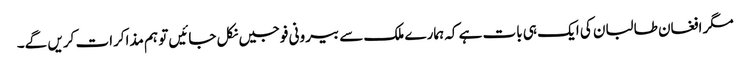
مگر افغان طالبان کی ایک ہی بات ہے کہ ہمارے ملک سے بیرونی فوجیں نکل جائیں تو ہم مذاکرات کریں گے۔